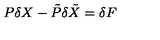
P \delta X - \tilde { P } \delta { \tilde { X } } = \delta F